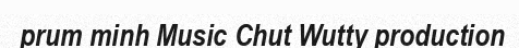
prum minh Music Chut Wutty production